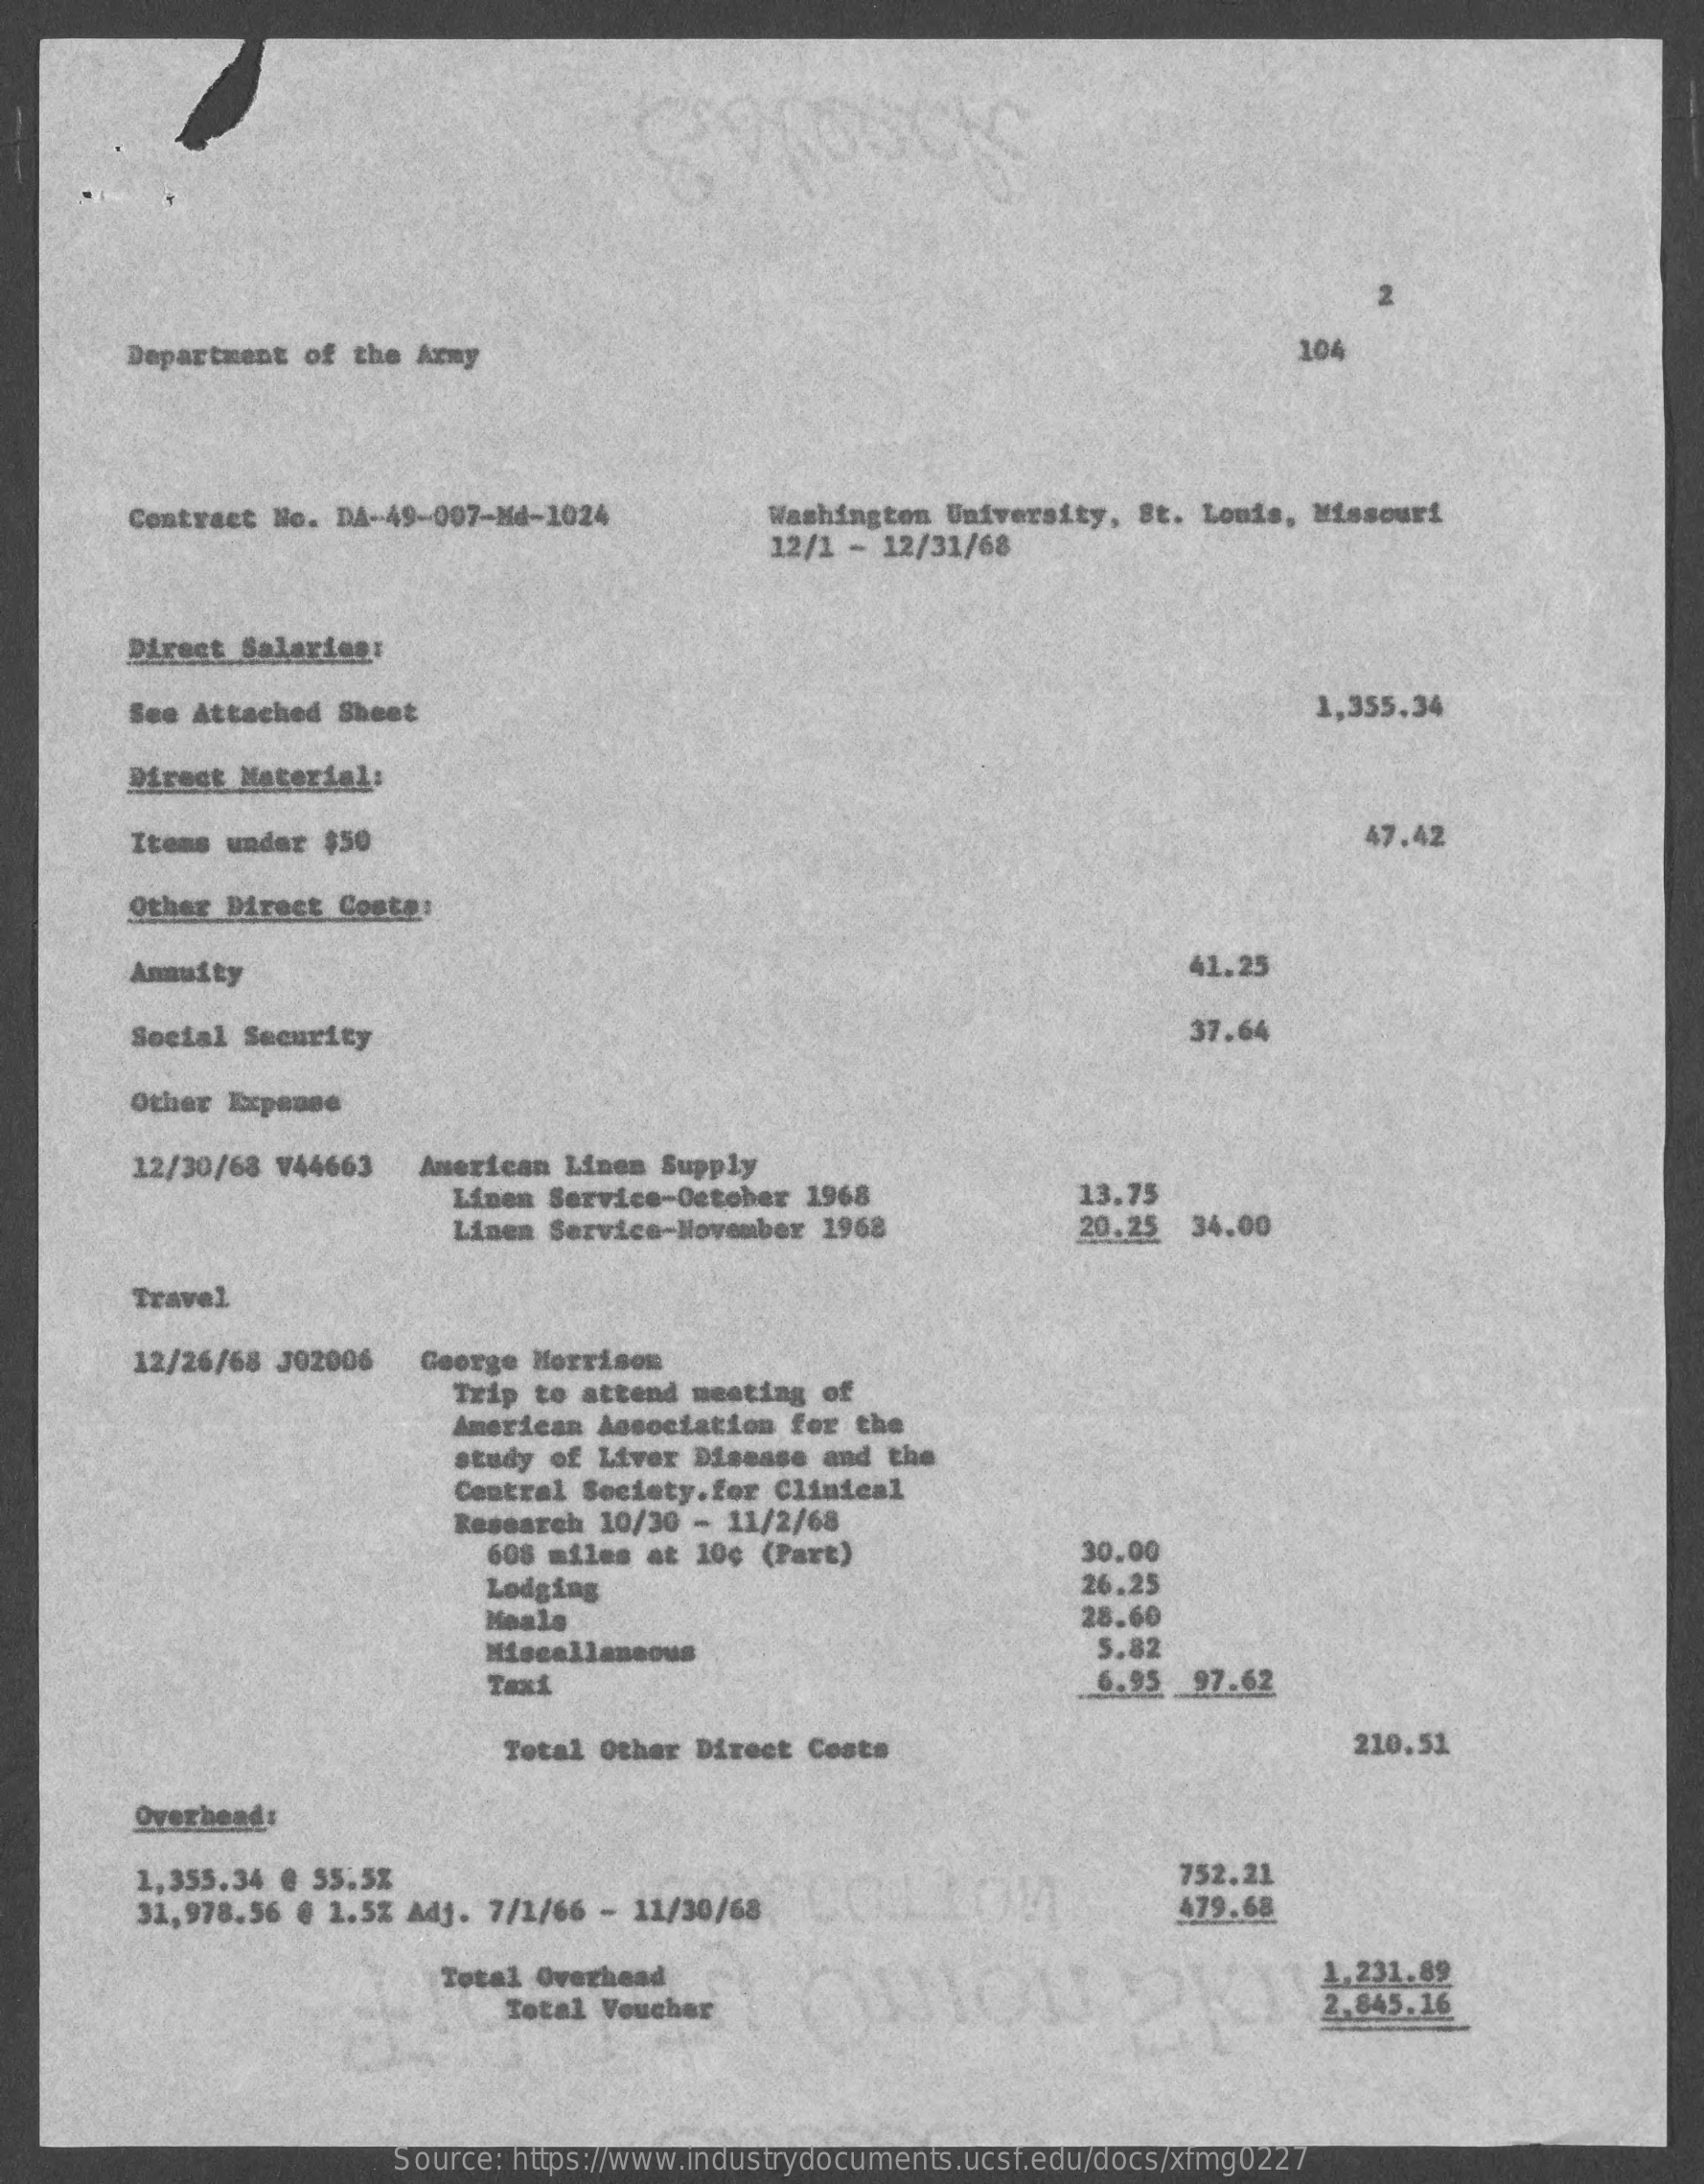
Department of the Army    104
     Contract No. DA-49-007-Md-1024  Washington University, St. Louis, Missouri
     12/1 - 12/31/68
     Direct Salarigg:
     See Attached Sheet    1,355,34
     Direct Material:
     Itens under $50    47.42
     Other Direct Coste:
     Annuity    41.25
     Social Security    37.64
     Other Expense
     12/30/68 V44663 American Linen Supply
     Linen Service-October 1968    13.75
     Linen Service-November 1968    20.25 34.00
     Travel
     12/26/68 J02006 George Morrison
     Trip to attend meeting of
     American Association for the
     study of Liver Disease and the
     Central Society.for Clinical
     Research 10/30 - 11/2/68
     608 miles at 10c (Part)    30.00
     Lodging    26.25
     Meals    28.60
     Miscellaneous    5.82
     6.95 97.62
     Total Other Direct Costs    210.51
     Overhead:
     1,355.34 @ 55.5%
     31,978.56 @ 1.5% Adj. 7/1/66 - 11/30/68
     752.21
     479.68
     Total Overhead
     Total Voucher
     1.231.89
     Source: https://www.industrydocuments.ucsf.edu/docs/xfmg0227